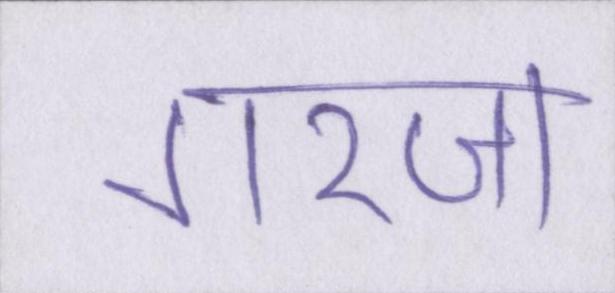
गरज